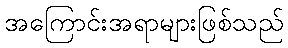
အကြောင်းအရာများဖြစ်သည်